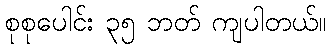
စုစုပေါင်း ၃၅ ဘတ် ကျပါတယ်။